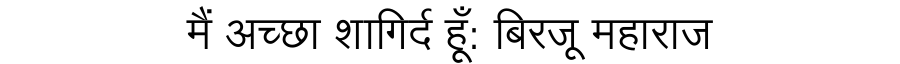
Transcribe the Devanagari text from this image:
मैं अच्छा शागिर्द हूँ: बिरजू महाराज